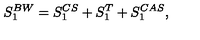
S _ { 1 } ^ { B W } = S _ { 1 } ^ { C S } + S _ { 1 } ^ { T } + S _ { 1 } ^ { C A S } ,